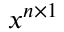
x ^ { n \times 1 }